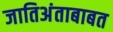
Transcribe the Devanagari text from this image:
जातिअंताबाबत